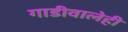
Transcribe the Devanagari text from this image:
गाडीवालेही